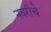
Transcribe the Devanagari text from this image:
नवरीचे